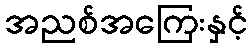
အညစ်အကြေးနှင့်